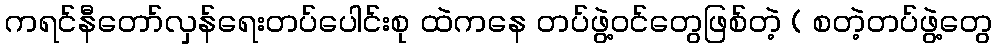
ကရင်နီတော်လှန်ရေးတပ်ပေါင်းစု ထဲကနေ တပ်ဖွဲ့ဝင်တွေဖြစ်တဲ့ ( စတဲ့တပ်ဖွဲ့တွေ